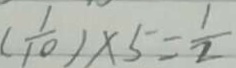
( \frac { 1 } { 1 0 } ) \times 5 = \frac { 1 } { 2 }